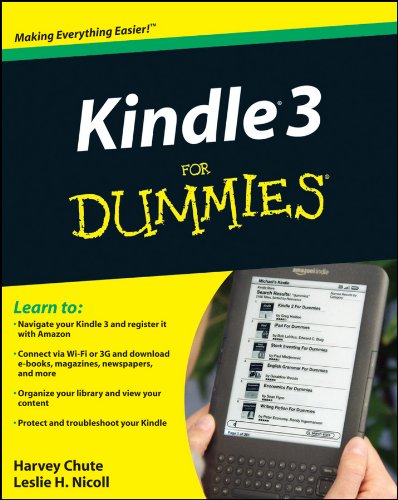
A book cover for Kindle 3 For Dummies; Harvey R. Chute; Computers & Technology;